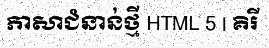
ភាសាជំនាន់ថ្មី HTML 5 | គិរី